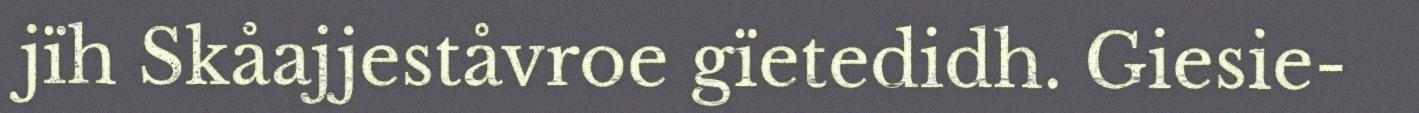
jïh Skåajjeståvroe gïetedidh. Giesie-